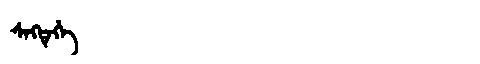
Manchu: ᠰᡝᡴᡨᡝᡥᡝ
Romanization: SEKTEHE